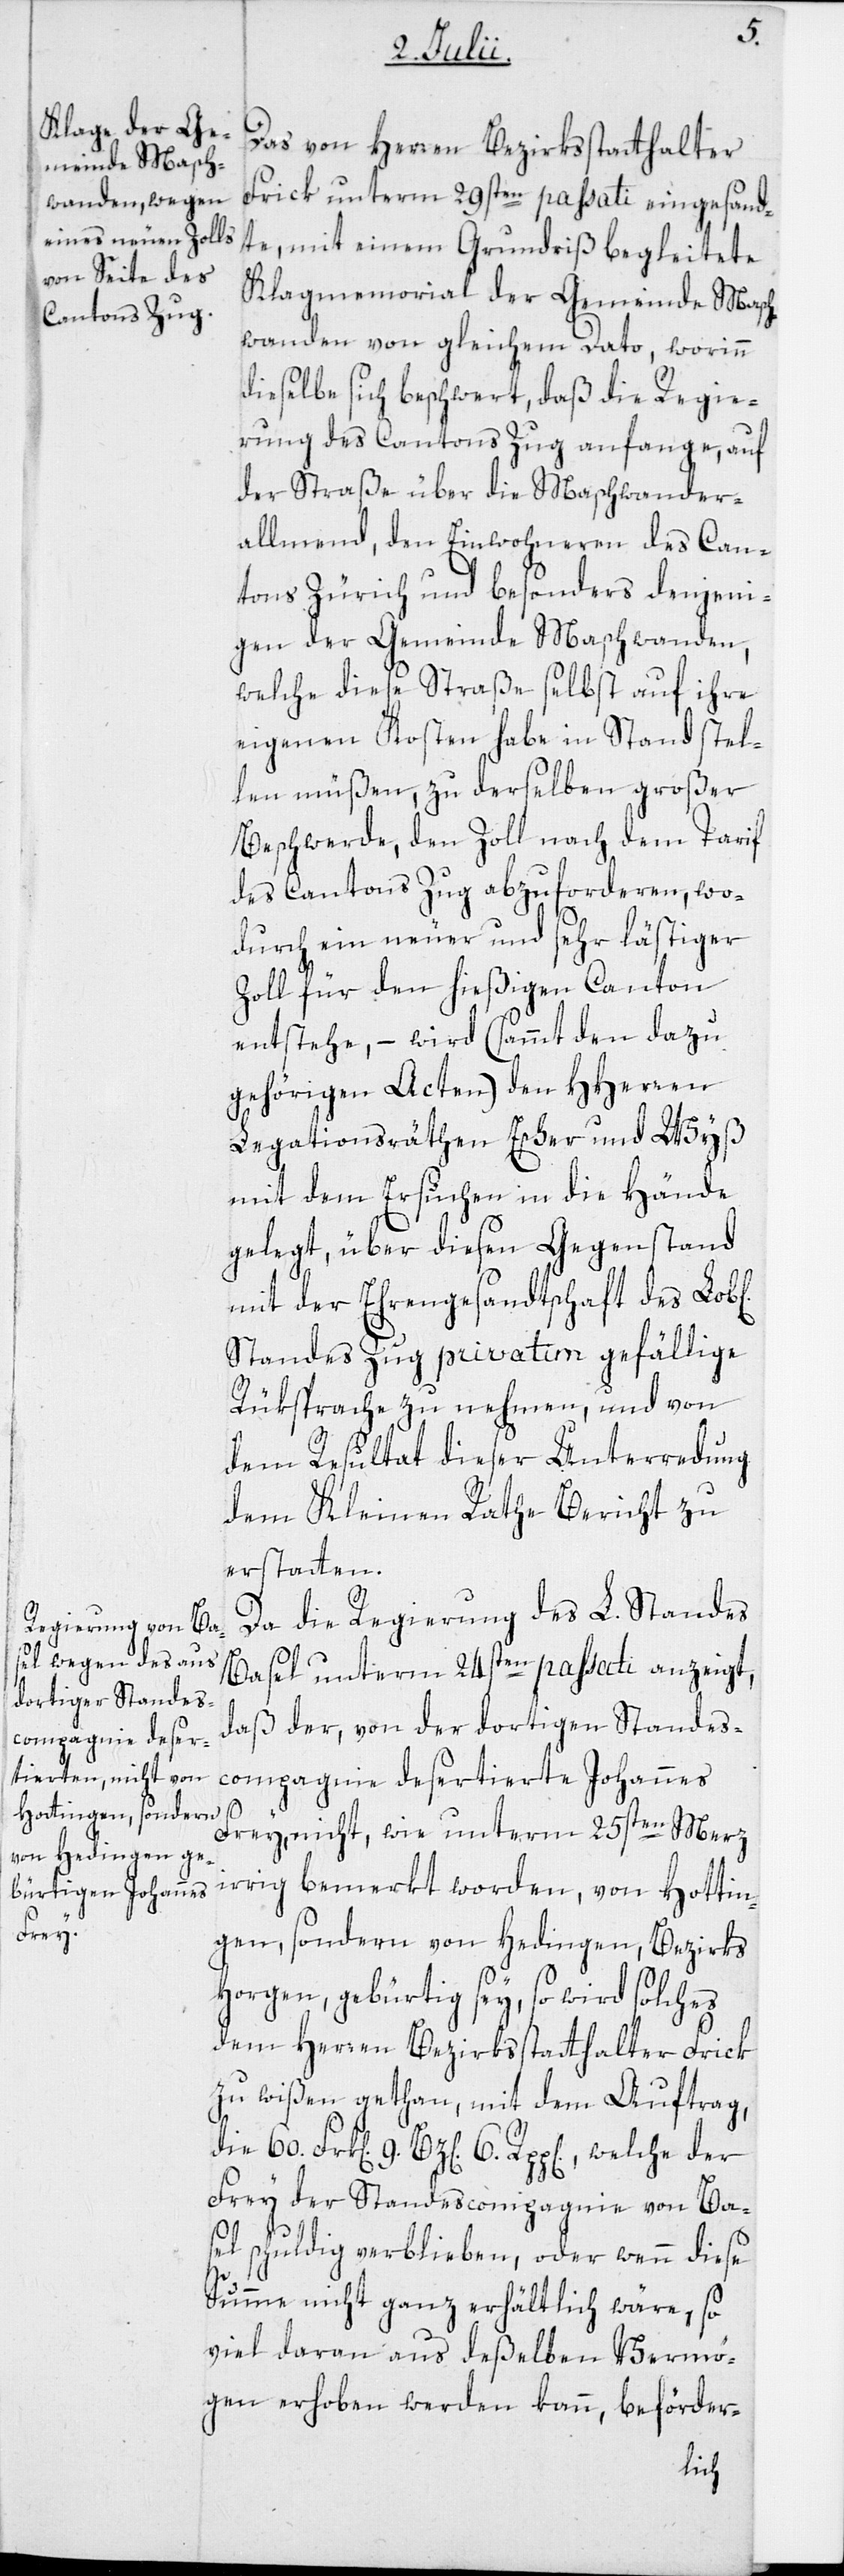
der

Das von Herren Bezirksstatthalter
Frick unterm 29sten passati eingesand¬
te, mit einem Grundriß begleitete
Klagmemorial der Gemeinde Masch¬
wanden von gleichem Dato, worinn
dieselbe sich beschwert, daß die Regie¬
rung des Cantons Zug anfange, auf
der Straße über die Maschwander¬
allmend, den Einwohneren des Can¬
tons Zürich und besonders denjeni¬
gen der Gemeinde Maschwanden,
welche diese Straße selbst auf ihre
eigenen Kosten habe in Stand stel¬
len müßen, zu derselben großer
Beschwerde, den Zoll nach dem Tarif
des Cantons Zug abzuforderen, wo¬
durch ein neuer und sehr lästiger
Zoll für den hießigen Canton
entstehe, – wird (sammt den dazu
gehörigen Acten) den HHerren
6.
Legationsräthen Escher und Wyß
mit dem Ersuchen in die Hände
gelegt, über diesen Gegenstand
mit der Ehrengesandtschaft des Lob[l¬
Standes Zug privatim gefällige
Rüksprache zu nehmen, und von
dem Resultat dieser Unterredung
dem Kleinen Rathe Bericht zu
erstatten.
60.
Da die Regierung des L. Standes
Basel unterm 24sten passati anzeigt,
daß der, von der dortigen Standes¬
compagnie desertierte Johannes
Frey, nicht, wie unterm 25sten Merz
irrig bemerkt worden, von Hottin¬
gen, sondern von Hedingen, Bezirks
Horgen, gebürtig sey, so wird solches
dem Herren Bezirksstatthalter Frick
zu wißen gethan, mit dem Auftrag,
Frey der Standescompagnie von Ba¬
sel schuldig verblieben, oder wenn diese
Summe nicht ganz erhältlich wäre, so
viel daran aus deßelben Vermö¬
gen erhoben werden kann, beförder-